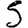
Digit: 5